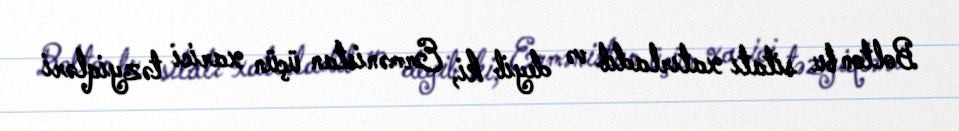
Bolton bu sitatı xatırladıb və deyib ki, Ermənistan üçün xarici təzyiqləri